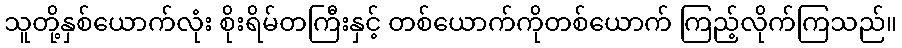
သူတို့နှစ်ယောက်လုံး စိုးရိမ်တကြီးနှင့် တစ်ယောက်ကိုတစ်ယောက် ကြည့်လိုက်ကြသည်။